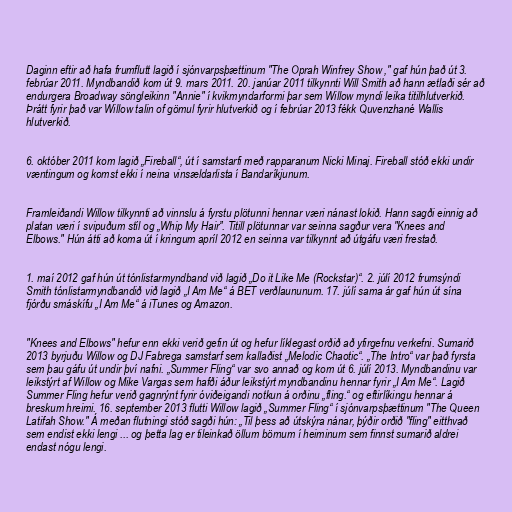
Daginn eftir að hafa frumflutt lagið í sjónvarpsþættinum "The Oprah Winfrey Show ," gaf hún það út 3.
febrúar 2011. Myndbandið kom út 9. mars 2011. 20. janúar 2011 tilkynnti Will Smith að hann ætlaði sér að
endurgera Broadway söngleikinn "Annie" í kvikmyndarformi þar sem Willow myndi leika titilhlutverkið.
Þrátt fyrir það var Willow talin of gömul fyrir hlutverkið og í febrúar 2013 fékk Quvenzhané Wallis
hlutverkið.

6. október 2011 kom lagið „Fireball“, út í samstarfi með rapparanum Nicki Minaj. Fireball stóð ekki undir
væntingum og komst ekki í neina vinsældarlista í Bandaríkjunum.

Framleiðandi Willow tilkynnti að vinnslu á fyrstu plötunni hennar væri nánast lokið. Hann sagði einnig að
platan væri í svipuðum stíl og „Whip My Hair”. Titill plötunnar var seinna sagður vera "Knees and
Elbows." Hún átti að koma út í kringum apríl 2012 en seinna var tilkynnt að útgáfu væri frestað.

1. maí 2012 gaf hún út tónlistarmyndband við lagið „Do it Like Me (Rockstar)“. 2. júlí 2012 frumsýndi
Smith tónlistarmyndbandið við lagið „I Am Me“ á BET verðlaununum. 17. júlí sama ár gaf hún út sína
fjórðu smáskífu „I Am Me“ á iTunes og Amazon.

"Knees and Elbows" hefur enn ekki verið gefin út og hefur líklegast orðið að yfirgefnu verkefni. Sumarið
2013 byrjuðu Willow og DJ Fabrega samstarf sem kallaðist „Melodic Chaotic“. „The Intro“ var það fyrsta
sem þau gáfu út undir því nafni. „Summer Fling“ var svo annað og kom út 6. júlí 2013. Myndbandinu var
leikstýrt af Willow og Mike Vargas sem hafði áður leikstýrt myndbandinu hennar fyrir „I Am Me“. Lagið
Summer Fling hefur verið gagnrýnt fyrir óviðeigandi notkun á orðinu „fling.“ og eftirlíkingu hennar á
breskum hreimi. 16. september 2013 flutti Willow lagið „Summer Fling“ í sjónvarpsþættinum "The Queen
Latifah Show." Á meðan flutningi stóð sagði hún: „Til þess að útskýra nánar, þýðir orðið "fling" eitthvað
sem endist ekki lengi ... og þetta lag er tileinkað öllum börnum í heiminum sem finnst sumarið aldrei
endast nógu lengi.